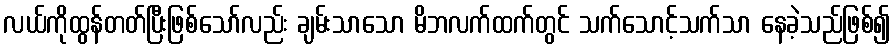
လယ်ကိုထွန်တတ်ပြီးဖြစ်သော်လည်း ချမ်းသာသော မိဘလက်ထက်တွင် သက်သောင့်သက်သာ နေခဲ့သည်ဖြစ်၍